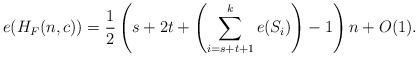
LaTeX: \begin{align*}e(H_F(n,c)) = \frac{1}{2}\left(s+2t+\left(\sum_{i=s+t+1}^{k}e(S_i)\right)-1\right)n+O(1).\end{align*}